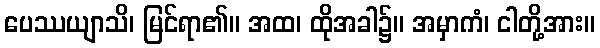
ပေဿယျာသိ၊ မြင်ရာ၏။ အထ၊ ထိုအခါ၌။ အမှာကံ၊ ငါတို့အား။